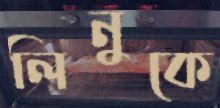
লিনুকে